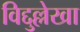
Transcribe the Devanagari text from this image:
विद्दुल्लेखा